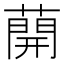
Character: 𦼠